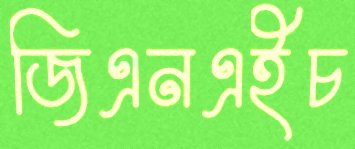
জিএনএইচ